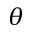
\theta